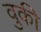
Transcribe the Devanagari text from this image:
वुकी